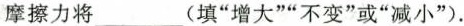
摩擦力将___(填”增大””不变”或”减小”).